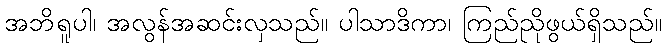
အဘိရူပါ၊ အလွန်အဆင်းလှသည်။ ပါသာဒိကာ၊ ကြည်ညိုဖွယ်ရှိသည်။